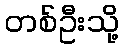
တစ်ဦးသို့